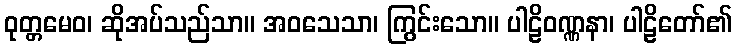
ဝုတ္တမေဝ၊ ဆိုအပ်သည်သာ။ အဝသေသာ၊ ကြွင်းသော။ ပါဠိဝဏ္ဏနာ၊ ပါဠိတော်၏